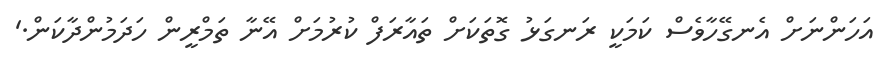
އަހަންނަށް އެނގޭހާވެސް ކަމަކީ ރަނގަޅު ގޮތަކަށް ތައާރަފް ކުރުމަށް އޭނާ ތަމްރީން ހަދަމުންދާކަން.'